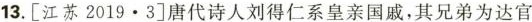
13.[江苏2019·3]唐代诗人刘得仁系皇亲国戚，其兄弟为达官